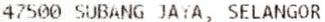
47500 SUBANG JAYA, SELANGOR